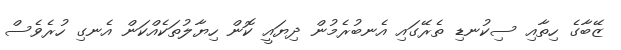
ޒޭބާގެ ހިތާއި ސިކުނޑި ތެރޭގައި އެނބުރެމުން ދިޔައީ ކޮން ހިޔާލުތަކެއްކަން އެނގި ހުރެވެސް